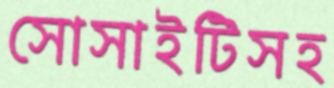
সোসাইটিসহ